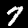
Digit: 7